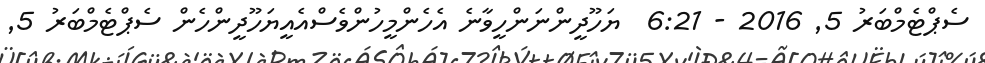
ސެޕްޓެމްބަރު 5